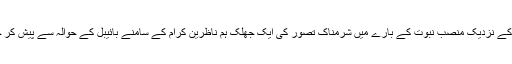
اہل کتاب کے نزدیک منصب نبوت کے بارے میں شرمناک تصوّر کی ایک جھلک ہم ناظرین کرام کے سامنے بائیبل کے حوالہ سے پیش کر چکے ہیں۔